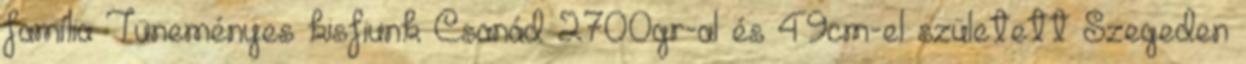
família Tüneményes kisfiunk Csanád 2700gr-al és 49cm-el született Szegeden